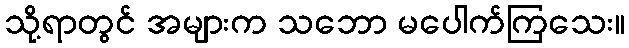
သို့ရာတွင် အများက သဘော မပေါက်ကြသေး။